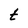
Character: t